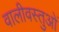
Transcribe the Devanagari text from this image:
वालीवस्तुओं